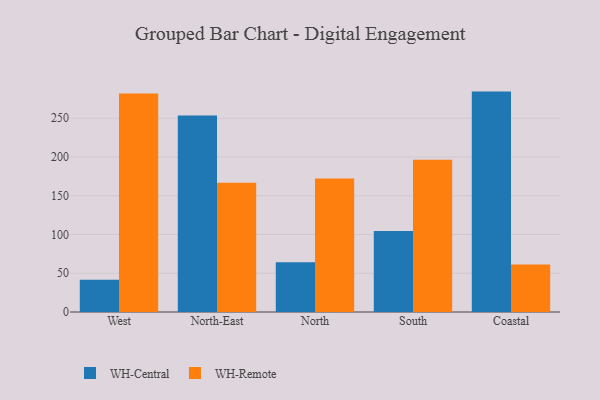
{"axis": {"x": "Region", "y": "Tickets Resolved"}, "legend": ["WH-Central", "WH-Remote"], "data": [{"x": "West", "y": 41.6, "type": "WH-Central"}, {"x": "West", "y": 281.8, "type": "WH-Remote"}, {"x": "North-East", "y": 253.6, "type": "WH-Central"}, {"x": "North-East", "y": 166.8, "type": "WH-Remote"}, {"x": "North", "y": 64.1, "type": "WH-Central"}, {"x": "North", "y": 172.2, "type": "WH-Remote"}, {"x": "South", "y": 104.5, "type": "WH-Central"}, {"x": "South", "y": 196.4, "type": "WH-Remote"}, {"x": "Coastal", "y": 284.4, "type": "WH-Central"}, {"x": "Coastal", "y": 61.2, "type": "WH-Remote"}]}